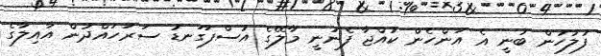
ފުލުހުން ބުނީ އެ އަންހެން ކުއްޖާ ފެނުނީ މާލޭގެ އުސްފަގަނޑު ސަރަހައްދުން އާއިލާގެ